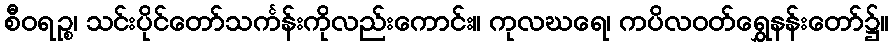
စီဝရဉ္စ၊ သင်းပိုင်တော်သင်္ကန်းကိုလည်းကောင်း။ ကုလဃရေ၊ ကပိလဝတ်ရွှေနန်းတော်၌။